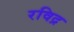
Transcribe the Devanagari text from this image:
रविद्र